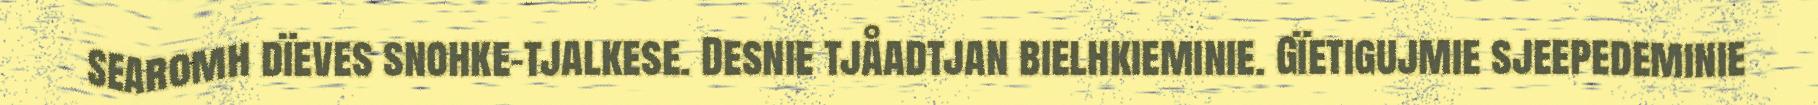
searomh dïeves snohke-tjalkese. Desnie tjåadtjan bielhkieminie. Gïetigujmie sjeepedeminie